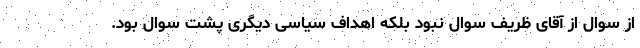
از سوال از آقای ظریف سوال نبود بلکه اهداف سیاسی دیگری پشت سوال بود.